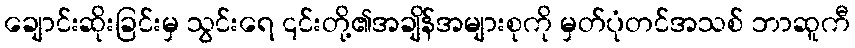
ချောင်းဆိုးခြင်းမှ သွင်းရေ ၎င်းတို့၏အချိန်အများစုကို မှတ်ပုံတင်အသစ် ဘာဆူကီ